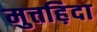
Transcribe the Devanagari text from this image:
मुत्तह़िदा